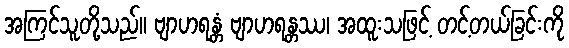
အကြင်သူတို့သည်။ ဗျာဟရန္တံ ဗျာဟရန္တဿ၊ အထူးသဖြင့် တင့်တယ်ခြင်းကို